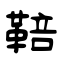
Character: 鞛